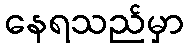
နေရသည်မှာ